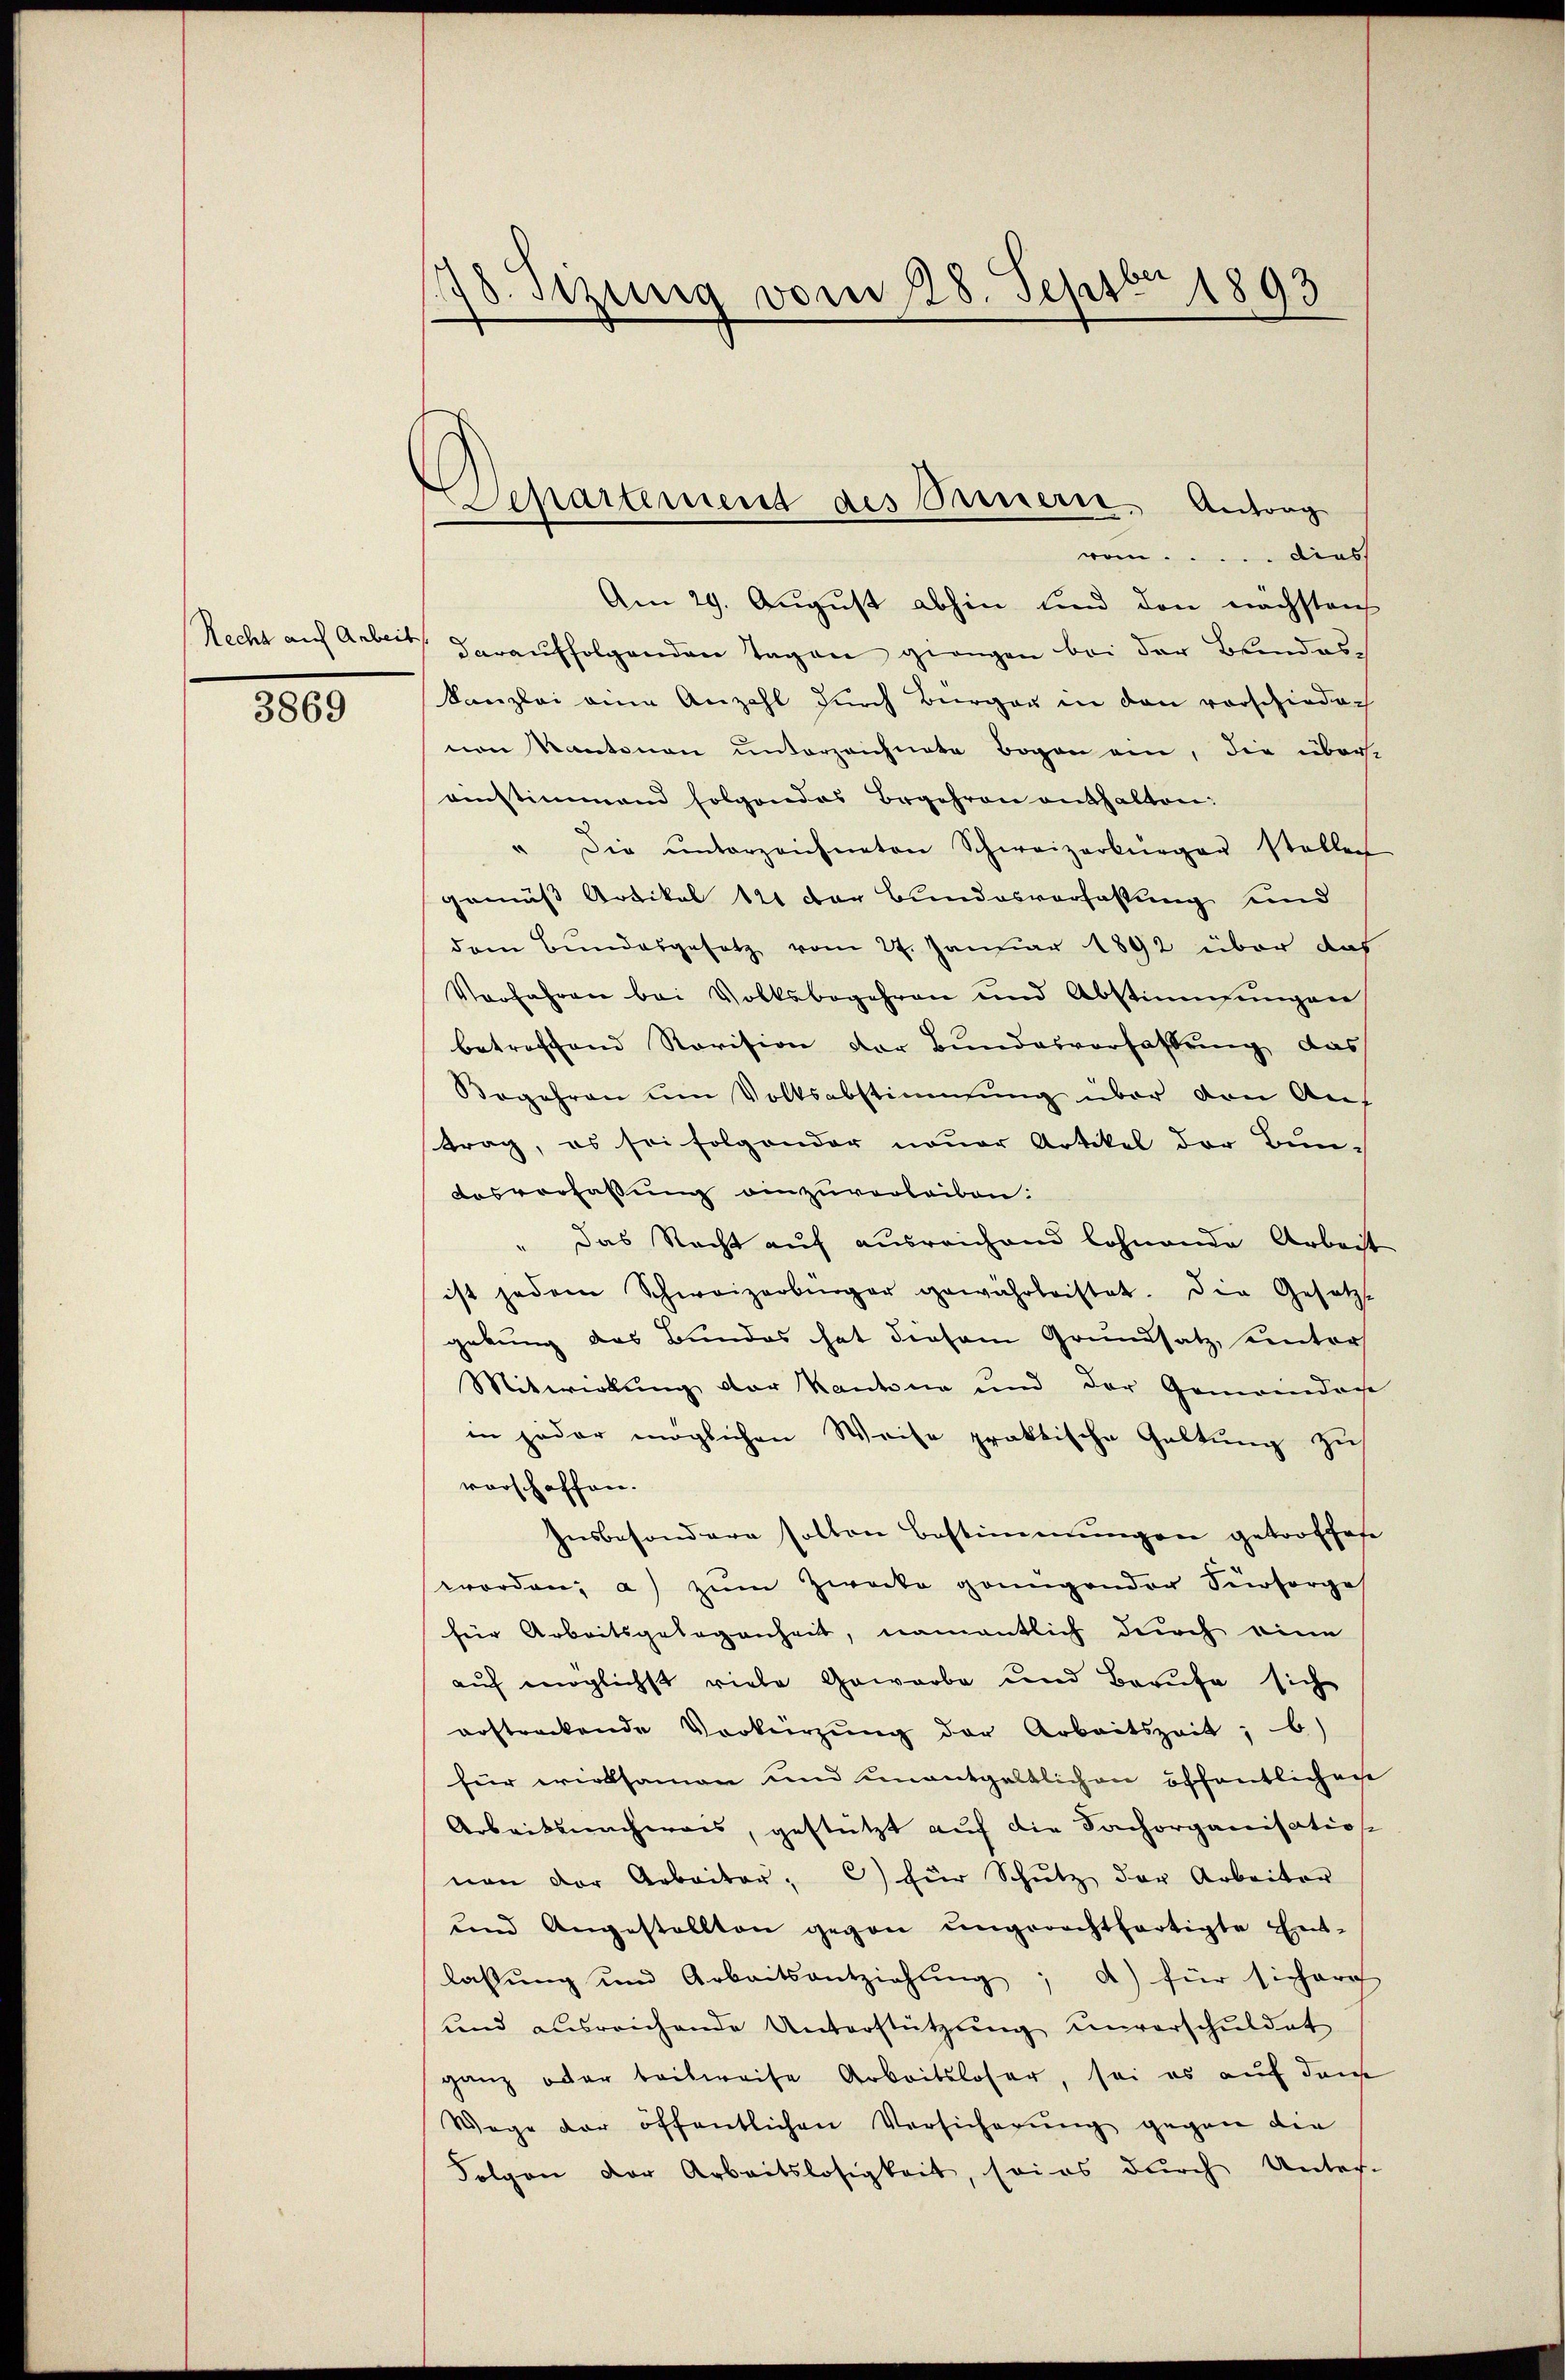
Recht auf Arbeit

3869

d Sitzung vom 28. Septbr 1893

Departement des Preuzern, Antrag
vom..... dies

Am 29. August abhin und den nächstens
darauffolgenden Tagen giengen bei der Bundes¬
Kanzlei eine Anzahl durch Bürger in den vorschiederh
von Kantonen unterzeichnete Bogen ein, die über-
einstimmend folgendes Begehren enthalten:
" die ŭnterzeichneten Schweizerbürger stellen
gemäß Artikel 121 der Bundesverfassung und
dem Bundesgesetz vom 27. Januar 1892 über das
Verfahren bei Volksbegehren und Abstimmungen
betreffend Revision der Bundesverfassung, das
Begehren um Volksabstimmung über den Auf
trag, es sei folgender neuer Artikel der Bun-
Aosverfassung einzuverleiben:
" Das Nacht auf ausreichend lohnende Arbeit
ist jedem Schweizerbürger gewährleistet. Die Gesetz-
gebung das Bundes hat diesem Grundsatz, unters
Mitwirkung der Kantone und der Gemeindache
in jeder möglichen Weise praktische Geltung zu
vorschaffen.
Insbesondere sollen Bestimmungen getroffese
worden: a) zŭm Zwecke gönngender Fürsorge
für Arbeitsgelegenheit, namentlich durch eine
auf möglichst viele Gewarbe und Berufe sich
erstreckende Verkürzung der Arbeitszeit; b)
für wirksamen und unentgeltlichen öffentlichen
Arbeitsnachweis, gestützt auf die Sachorganisation
von der Arbeiter: C) für Schŭtz der Arbeiter
und Angestellten gegen ungerechtfertigte Ent-
lassŭng und Arbeitsantziehŭng a) für sicherch
und ausreichende Unterstützŭng ŭnverschuldet
ganz oder teilweise Arbeitsloser, sei es auf den
Wege der öffentlichen Versicherung gegen die
Folgen der Arbeitslosigkeit, soins durch Unter-